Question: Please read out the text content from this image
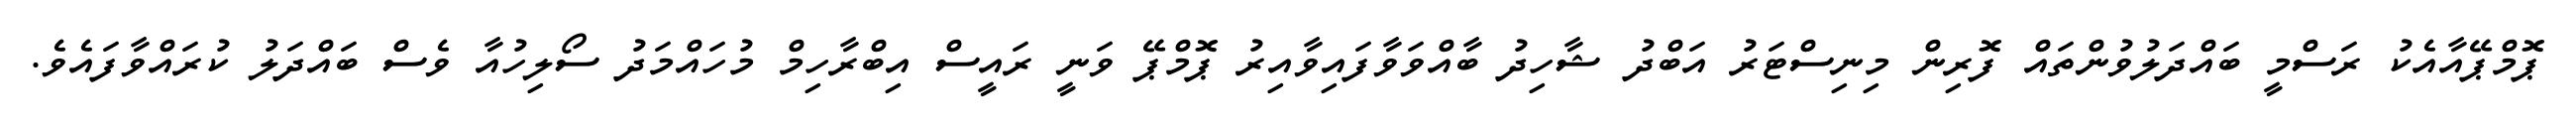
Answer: ޕޮމްޕޭއާއެކު ރަސްމީ ބައްދަލުވުންތައް ފޮރިން މިނިސްޓަރު އަބްދު ޝާހިދު ބާއްވަވާފައިވާއިރު ޕޮމްޕޭ ވަނީ ރައީސް އިބްރާހިމް މުހައްމަދު ސޯލިހުއާ ވެސް ބައްދަލު ކުރައްވާފައެވެ.